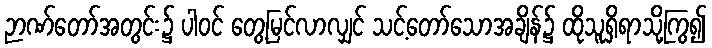
ဉာဏ်တော်အတွင်း၌ ပါဝင် တွေ့မြင်လာလျှင် သင့်တော်သောအချိန်၌ ထိုသူရှိရာသို့ကြွ၍